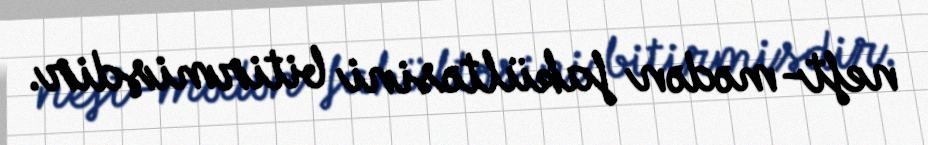
neft-mədən fakültəsini bitirmişdir.